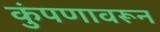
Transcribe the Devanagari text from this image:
कुंपणावरून